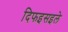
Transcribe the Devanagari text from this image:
दिफइसइले